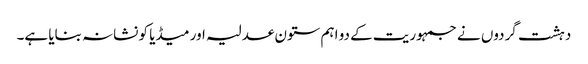
دہشت گردوں نے جمہوریت کے دو اہم ستون عدلیہ اور میڈیا کو نشانہ بنایا ہے۔